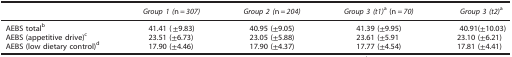
<table><thead><tr><td><b> </b></td><td><b><i>Group 1 (</i>n=<i>307)</i></b></td><td><b><i>Group 2 (</i>n=<i>204)</i></b></td><td><b><i>Group 3 (t1)</i>a (n=<i>70)</i></b></td><td><b><i>Group 3 (t2)</i>a</b></td></tr></thead><tbody><tr><td>AEBS totalb</td><td>41.41 (±9.83)</td><td>40.95 (±9.05)</td><td>41.39 (±9.95)</td><td>40.91(±10.03)</td></tr><tr><td>AEBS (appetitive drive)c</td><td>23.51 (±6.73)</td><td>23.05 (±5.88)</td><td>23.61 (±5.91</td><td>23.10 (±6.21)</td></tr><tr><td>AEBS (low dietary control)d</td><td>17.90 (±4.46)</td><td>17.90 (±4.37)</td><td>17.77 (±4.54)</td><td>17.81 (±4.41)</td></tr></tbody></table>